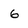
Character: 6